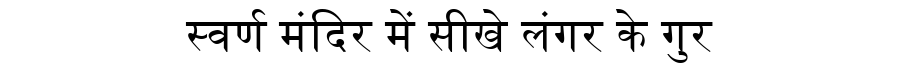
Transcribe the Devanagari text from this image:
स्वर्ण मंदिर में सीखे लंगर के गुर